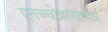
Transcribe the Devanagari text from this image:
एतच्चोत्रानतमैव